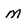
Character: m